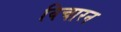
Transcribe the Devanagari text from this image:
विचारन